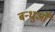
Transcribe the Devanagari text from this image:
बन्धुओँ